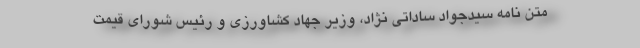
متن نامه سیدجواد ساداتی نژاد، وزیر جهاد کشاورزی و رئیس شورای قیمت